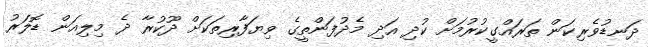
ދަނޑުވެރިކަން ތަރައްގީކުރުމަށް ކުދި އަދި މެދުފަންތީގެ ވިޔަފާރިތަކަށް ދޫކުރާ ދެ މިލިއަން ޑޮލަރު